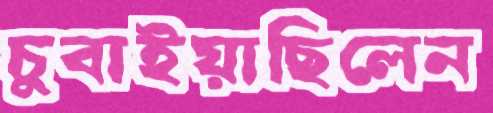
চুবাইয়াছিলেন